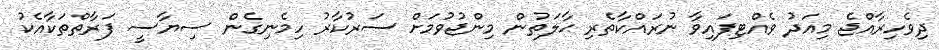
ދިވެހިރާއްޖެ މިއަދު ވެއްޓިފައިވާ ނުރައްކާތެރި ޙާލަތުން މިންޖުވުމަށް ސަރުކާރު ހިމެނިގެން ސިޔާސީ ފަރާތްތަކާއެކު